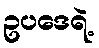
ဥပဒေရဲ့